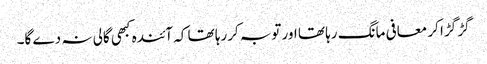
گڑ گڑا کر معافی مانگ رہا تھا اور توبہ کررہا تھا کہ آئندہ کبھی گالی نہ دے گا۔